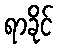
ရာခိုင်